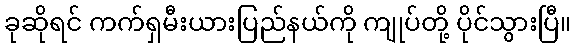
ခုဆိုရင် ကက်ရှမီးယားပြည်နယ်ကို ကျုပ်တို့ ပိုင်သွားပြီ။